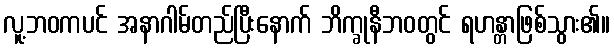
လူ့ဘဝကပင် အနာဂါမ်တည်ပြီးနောက် ဘိက္ခုနီဘဝတွင် ရဟန္တာဖြစ်သွား၏။